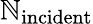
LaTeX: \mathbb{N}_{\mathrm{{incident}}}